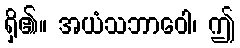
ရှိ၏။ အယံသဘာဝေါ၊ ဤ